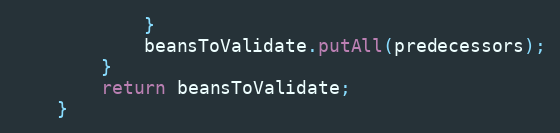
Language: Java
            }
            beansToValidate.putAll(predecessors);
        }
        return beansToValidate;
    }